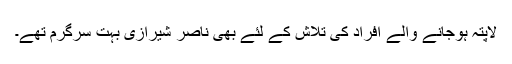
لاپتہ ہوجانے والے افراد کی تلاش کے لئے بھی ناصر شیرازی بہت سرگرم تھے۔